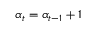
\alpha _ { t } = \alpha _ { t - 1 } + 1